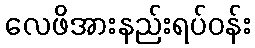
လေဖိအားနည်းရပ်ဝန်း